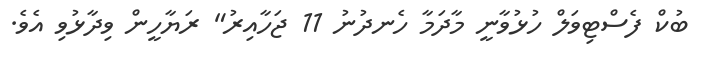
ބުކް ފެސްޓިވަލް ހުޅުވާނީ މާދަމާ ހެނދުނު 11 ޖަހާއިރު" ރަޔާހީން ވިދާޅުވި އެވެ.